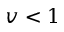
v < 1